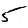
Digit: 5